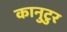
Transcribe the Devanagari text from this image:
कानुटुर